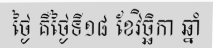
ថ្ងៃ គឺថ្ងៃទី១៨ ខែវិច្ឆិកា ឆ្នាំ